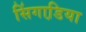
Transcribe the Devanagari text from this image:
सिंगाडि़या